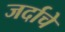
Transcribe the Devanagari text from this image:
जर्दाचे